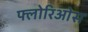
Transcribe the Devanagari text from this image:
फ्लोरिओस